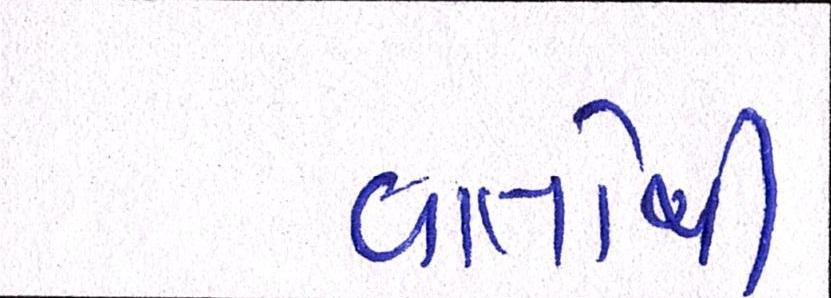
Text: વાતોથી